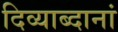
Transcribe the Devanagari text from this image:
दिव्याब्दानां